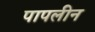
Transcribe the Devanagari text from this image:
पापलीन